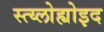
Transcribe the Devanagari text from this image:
स्त्य्लोह्योइद